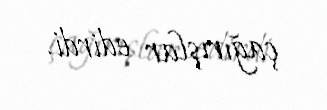
çağırışlar edirdi.